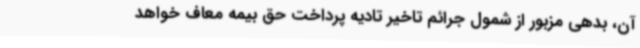
آن، بدهی مزبور از شمول جرائم تاخیر تادیه پرداخت حق بیمه معاف خواهد